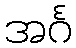
အင်္ဂ